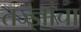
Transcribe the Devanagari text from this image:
तज्‍ज्ञांचा